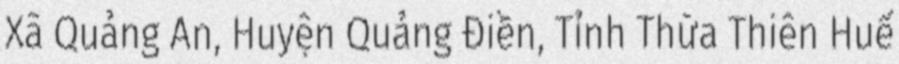
Xã Quảng An, Huyện Quảng Điền, Tỉnh Thừa Thiên Huế